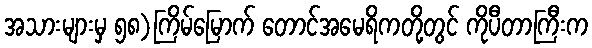
အသားများမှ ၅၈)ကြိမ်မြောက် တောင်အမေရိကတို့တွင် ကိုပီတာကြီးက